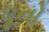
ધૂનો